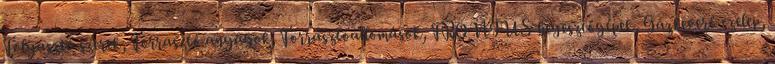
Folyasztó szerek, Forrasztó anyagok, Forrasztóállomások, FRONIUS hegesztőgépek, Gázkeverő szelep,